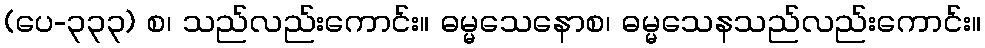
(ပေ-၃၃၃) စ၊ သည်လည်းကောင်း။ ဓမ္မသေနောစ၊ ဓမ္မသေနသည်လည်းကောင်း။